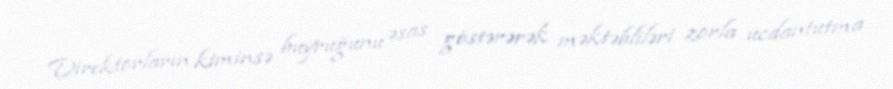
Direktorların kiminsə buyruğunu əsas göstərərək məktəbliləri zorla ucdantutma